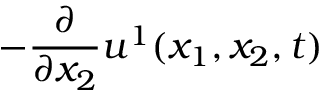
- \frac { \partial } { \partial x _ { 2 } } u ^ { 1 } ( x _ { 1 } , x _ { 2 } , t )